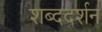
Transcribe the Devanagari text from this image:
शब्ददर्शन